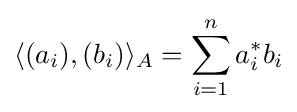
\langle (a_{i}),(b_{i})\rangle _{A}=\sum _{i=1}^{n}a_{i}^{*}b_{i}